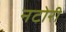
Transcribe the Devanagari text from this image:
नटोरी